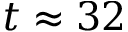
t \approx 3 2